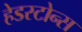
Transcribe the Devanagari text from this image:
हेडस्टोन्स